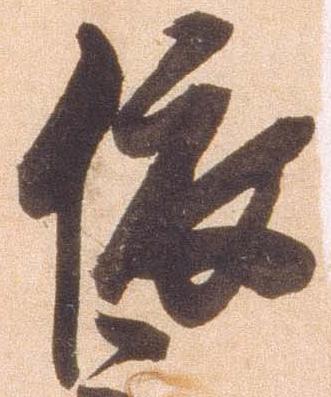
依